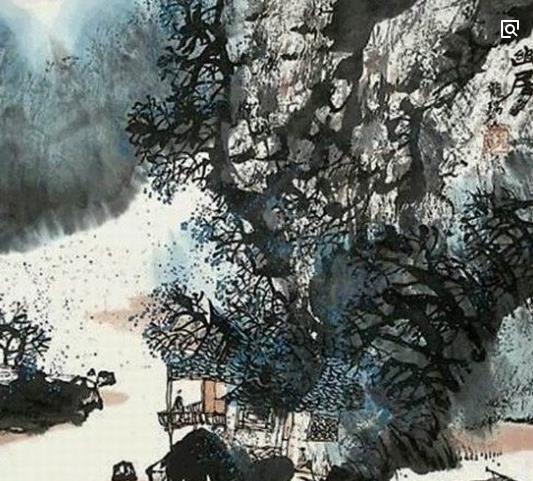
杨柳散和风，青山澹吾虑。